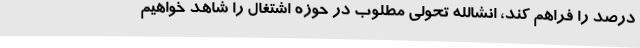
درصد را فراهم کند، انشالله تحولی مطلوب در حوزه اشتغال را شاهد خواهیم